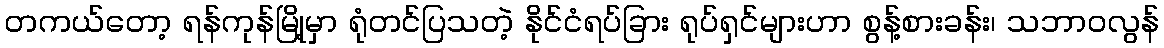
တကယ်တော့ ရန်ကုန်မြို့မှာ ရုံတင်ပြသတဲ့ နိုင်ငံရပ်ခြား ရုပ်ရှင်များဟာ စွန့်စားခန်း၊ သဘာဝလွန်